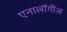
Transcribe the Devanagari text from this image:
एनालॉगीज